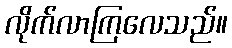
လိုက်လာကြလေသည်။